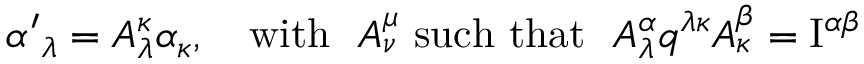
{ \alpha ^ { \prime } } _ { \lambda } = A _ { \lambda } ^ { \kappa } \alpha _ { \kappa } , \quad \mathrm { w i t h } \ \ A _ { \nu } ^ { \mu } \ \mathrm { s u c h \ t h a t } \ \ A _ { \lambda } ^ { \alpha } q ^ { \lambda \kappa } A _ { \kappa } ^ { \beta } = \mathrm { I } ^ { \alpha \beta }